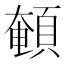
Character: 𩓹